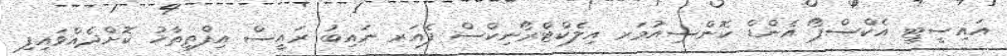
އައިސީޓީ އެކްސްޕޯ އެންޑް ކޮންސިއުމަރ އިލެކްޓްރޯނިކްސް ފެއަރ ނައިބު ރައީސް އިފްތިތާހު ކޮށްދެއްވައިފި